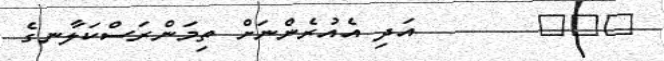
١٨٣       އަދި އެއުރެންނަށް ތިމަންރަސްކަލާނގެ